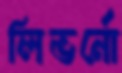
লিভর্নো